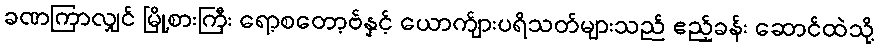
ခဏကြာလျှင် မြို့စားကြီး ရော့စတော့ဗ်နှင့် ယောက်ျားပရိသတ်များသည် ဧည့်ခန်း ဆောင်ထဲသို့